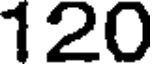
120